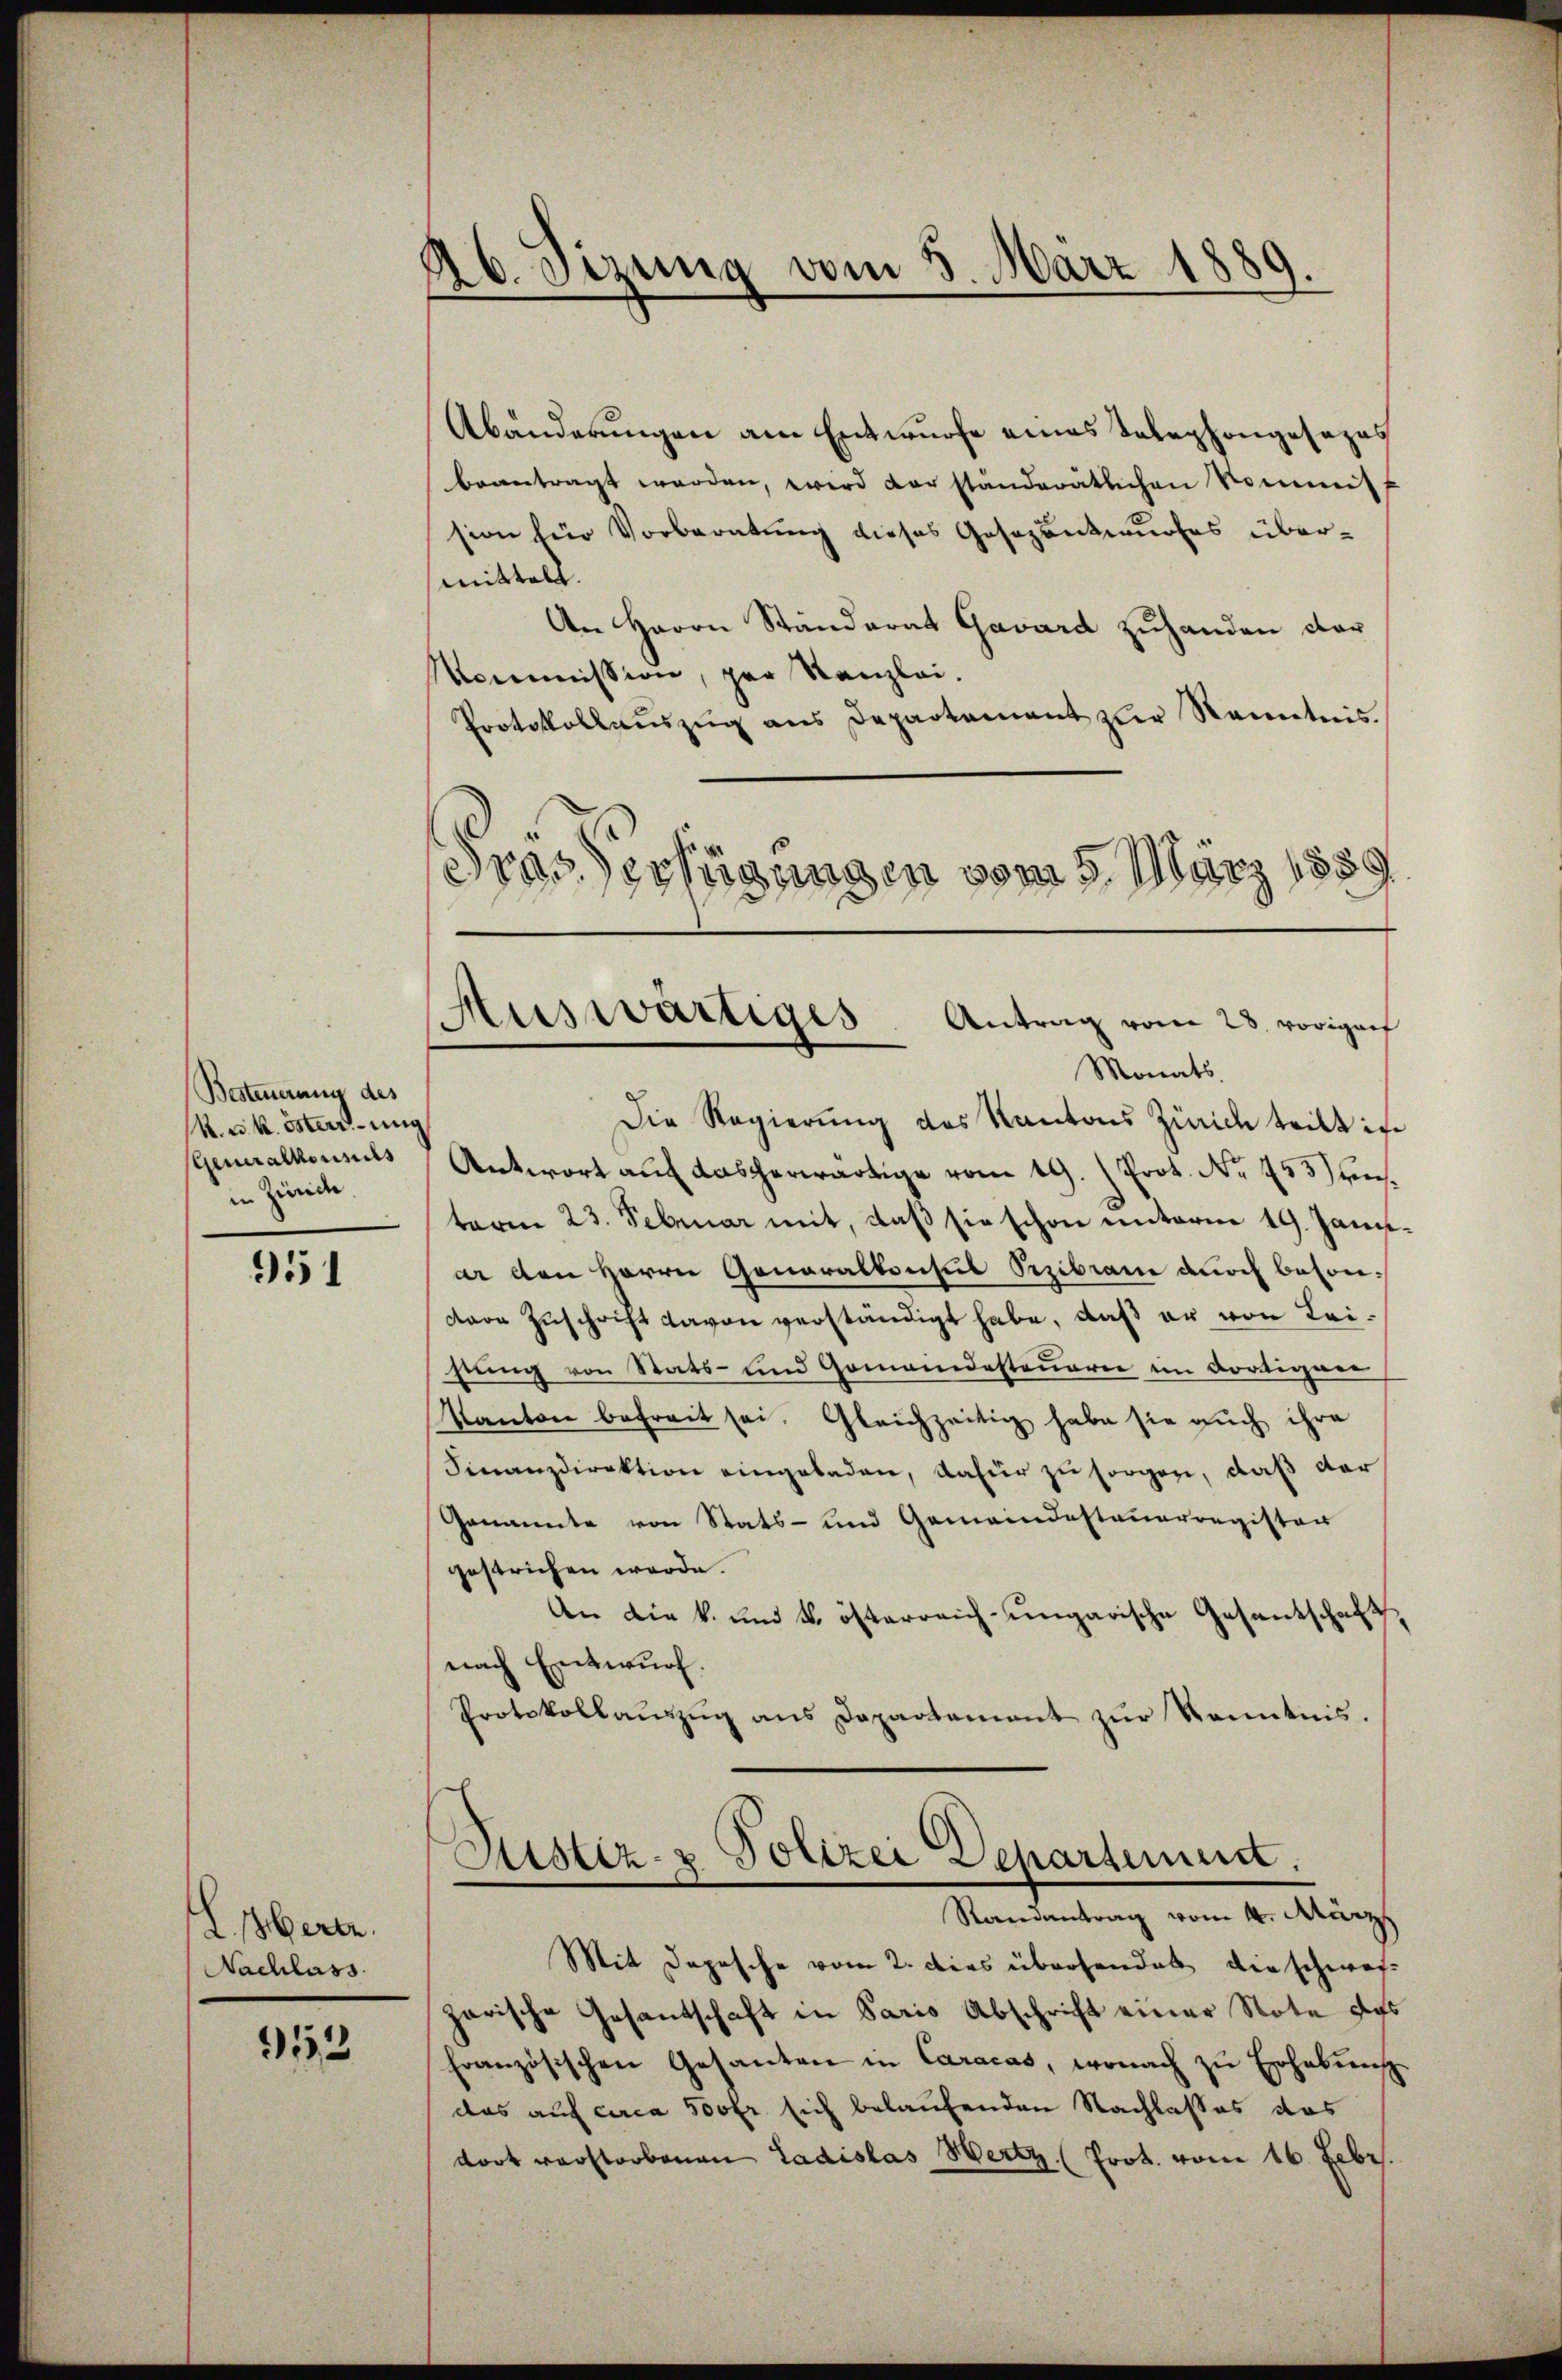
Besteuerung des
R. u. k. österrung
Generalkonsuls
in Zürich.

951

I. Herte.
Nachlass

952

26. Sezung vom 5. März 1889.

Abänderungen am Entwurfe eines Telephongesezes
beantragt werden, wird der standerätlichen Kommiss
sion für Vorberatung dieses Gesezentwurfes übermittelt.
An Herrn Ständerat Gavard zuhanden dar
Kommission, par Kanzlei.
Protokollaŭszŭg ans Departement zŭr Kenntnis.
Frau Verfügungen vom 5. März 1859

Auswärtiges. Antrag vom 28. vorigenf
Monats.

Sistiz- & Polizei Departement.
Randantrag vom 4. März

Die Regierung des Kantons Zürice teilt in
Antwort auf dascherwärtige vom 19. Prot. No 455 unterm 23. Februar mit, daß sie schon unterm 19. Januar den Herrn Generalkonsul Pezibrane auch besonvvon Zuschrift davon verständigt habe, daß er von Leistung von Stats- und Gomandesteuerer im Fortigner
Kanton befreit sei. Gleichzeitig habe sie auch ihre
Finanzdirektion eingeladen, dafür zu sorger, daß der
Genannte von Stats- und Gemeindesteuerregister
gestrichen werde.
An die k. und k. österreich-ungarische Gesantschaft
nach Entwurf.
Protokollaŭszŭg ans Departement zŭr Kenntnis.

Mit Depesche vom 2. Dies überhandet die schweizarische Gesantschaft in Paris Abschrift einer Note das
französischen Gesanten in Caracas, wonach zu Erhebung
das auf circa 500 fr sich belaufenden Nachlasses das
dort verstorbenen Ladislas Wertz (Prot. vom 16. Febr.